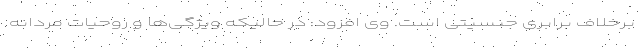
برخلاف برابری جنسیتی است. وی افزود: در حالیکه ویژگی‌ها و روحیات مردانه